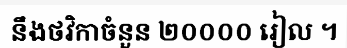
នឹងថវិកាចំនួន ២០០០០ រៀល ។